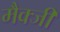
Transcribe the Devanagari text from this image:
मैक्जी